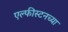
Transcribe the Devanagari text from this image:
एल्फीस्टनच्या